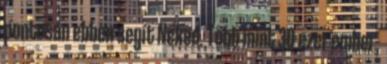
pontosan ebben segít Neked. Több mint 30 ezer ember,